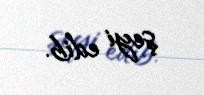
şeyi edib.